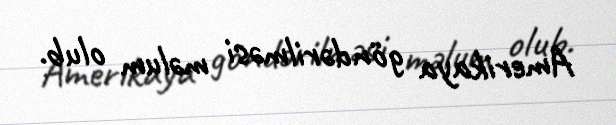
Amerikaya göndərilməsi məlum olub.